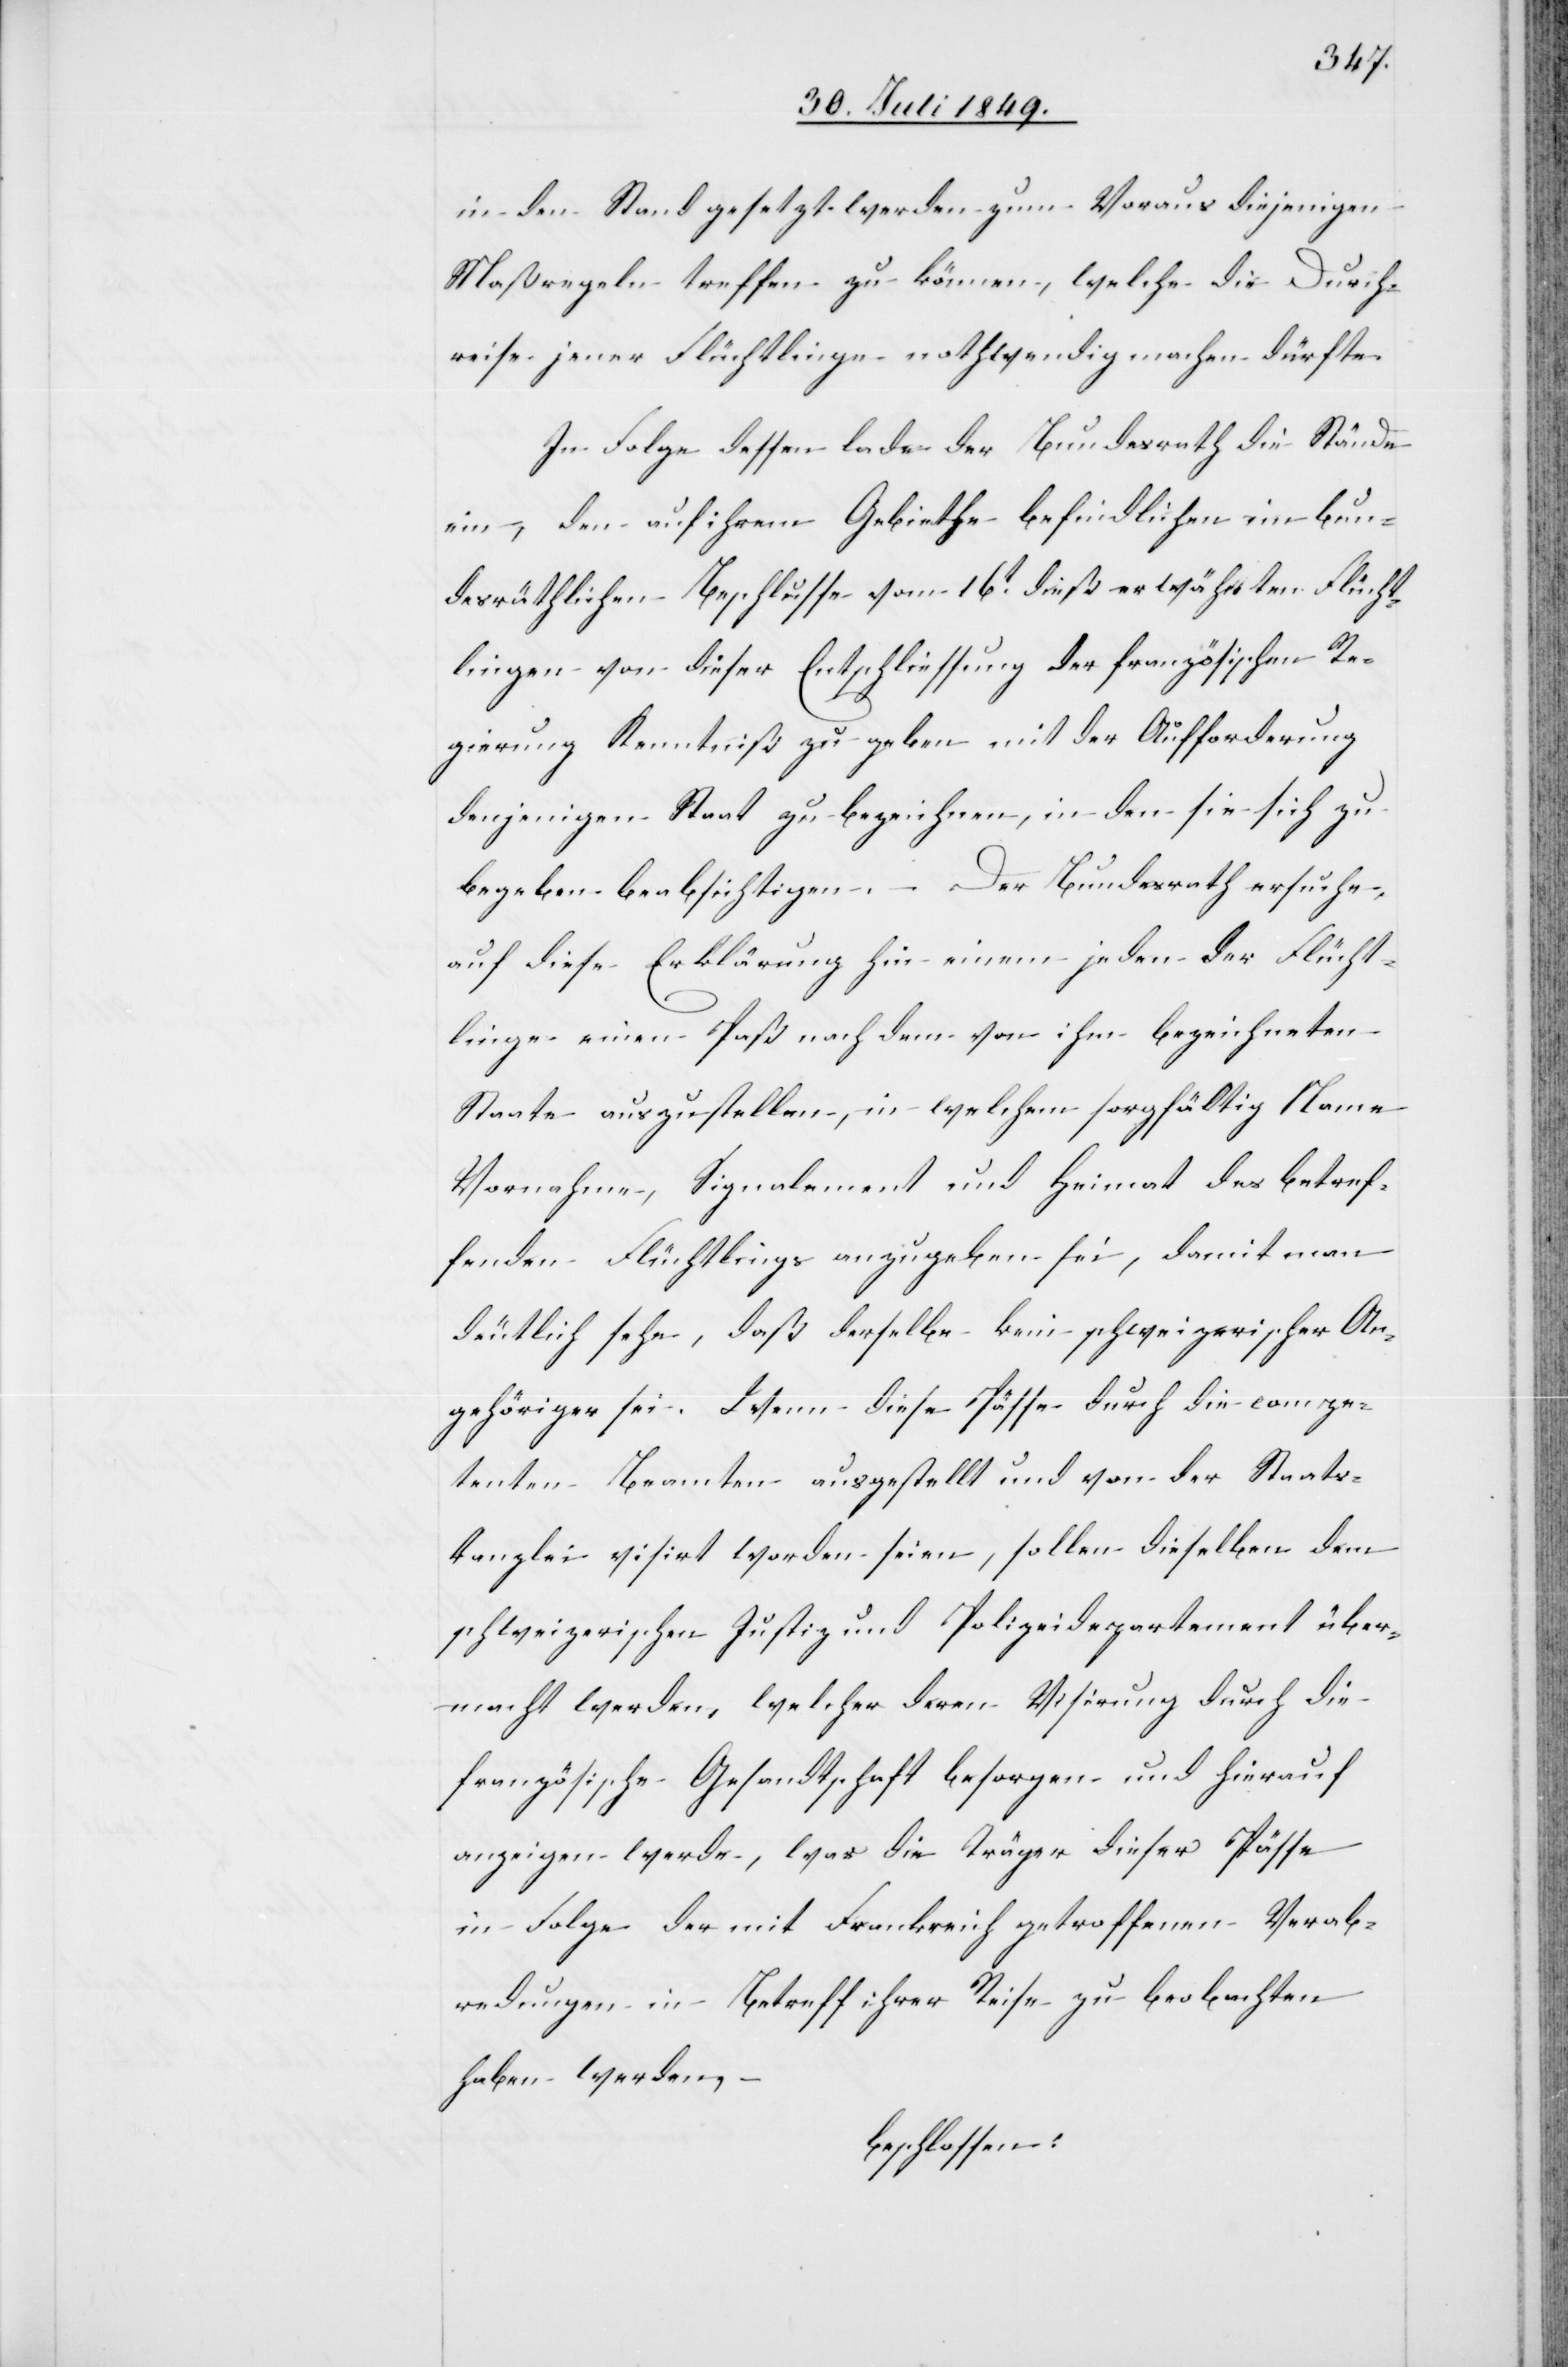
in den Stand gesetzt werden zum Voraus diejenigen
Maßregeln treffen zu können, welche die Durch¬
reise jener Flüchtlinge nothwendig machen dürfte.
In Folge dessen lade der Bundesrath die Stände
ein, den auf ihrem Gebiethe befindlichen im bun¬
desräthlichen Beschlusse vom 16t dieß erwähnten Flücht¬
lingen von dieser Entschliessung der französischen Re¬
gierung Kenntniß zu geben mit der Aufforderung
denjenigen Staat zu bezeichnen, in den sie sich zu
begeben beabsichtigen. Der Bundesrath ersuche,
auf diese Erklärung hin einem jeden der Flücht¬
linge einen Paß nach dem von ihm bezeichneten
Staate auszustellen, in welchem sorgfältig Name,
Vornahme, Signalement und Heimat des betref¬
fenden Flüchtlings anzugeben sei, damit man
deutlich sehe, daß derselbe kein schweizerischer An¬
gehöriger sei. Wenn diese Pässe durch die compe¬
tenten Beamten ausgestellt und von der Staats¬
kanzlei visirt worden seien, sollen dieselben dem
schweizerischen Justiz und Polizeidepartement über¬
macht werden, welcher deren Visirung durch die
französische Gesandtschaft besorgen und hierauf
anzeigen werde, was die Träger dieser Pässe
in Folge der mit Frankreich getroffenen Verab¬
redungen in Betreff ihrer Reise zu beobachten
haben werden.
beschlossen: